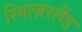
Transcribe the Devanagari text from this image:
स्वित्ज़रलैंड